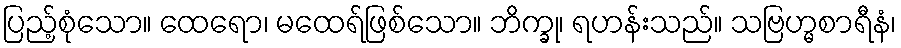
ပြည့်စုံသော။ ထေရော၊ မထေရ်ဖြစ်သော။ ဘိက္ခု၊ ရဟန်းသည်။ သဗြဟ္မစာရီနံ၊